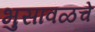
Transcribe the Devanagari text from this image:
भुसावळचे